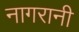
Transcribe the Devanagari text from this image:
नागरानी